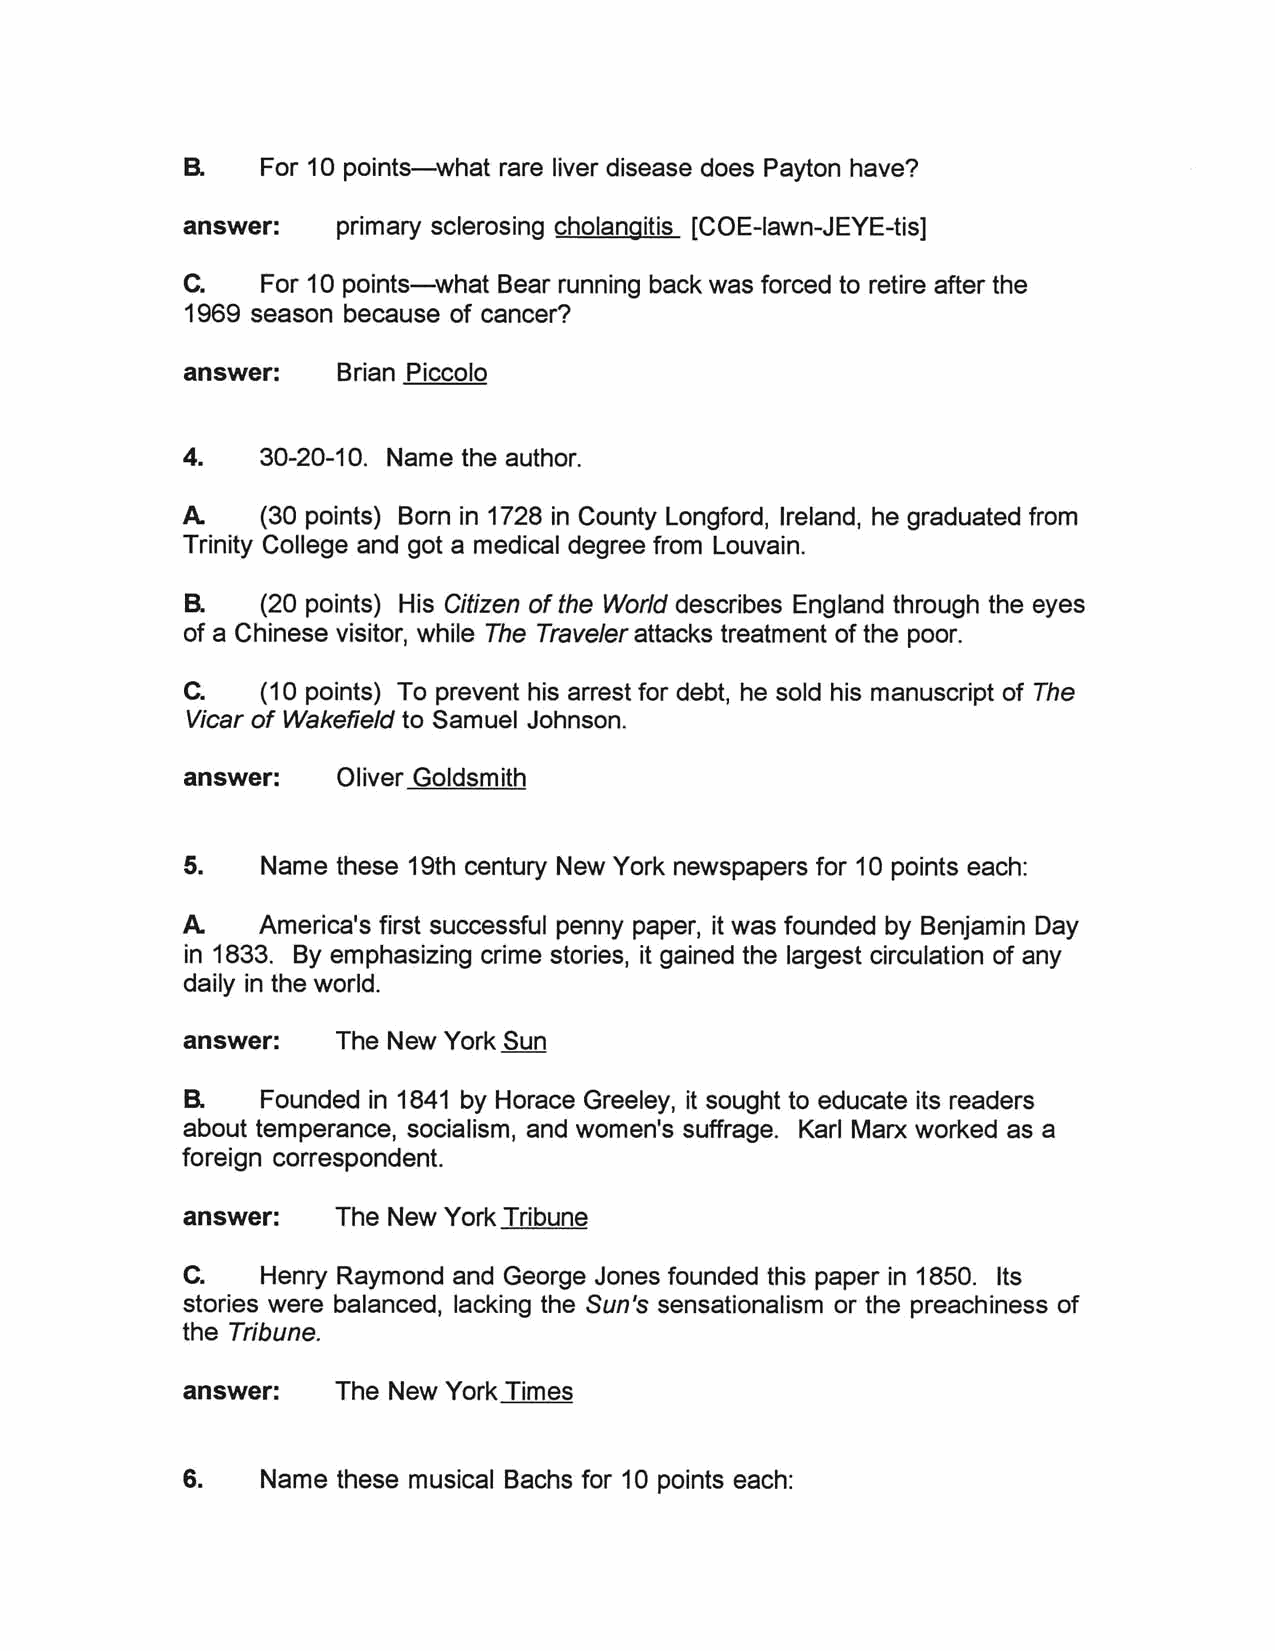
a
 For 10 points-what rare liver disease does Payton have?
 answer:   primary sclerosing cholangitis [COE-Iawn-JEYE-tis]
 C.   For 10 points-what Bear running back was forced to retire after the
 1969 season because of cancer?
 answer:   Brian Piccolo
 4.   30-20-10. Name the author.
 A.   (30 points) Born in 1728 in County Longford, Ireland, he graduated from
 Trinity College and got a medical degree from Louvain.
 a
 (20 points) His Citizen of the World describes England through the eyes
 of a Chinese visitor, while The Traveler attacks treatment of the poor.
 C.   (10 points) To prevent his arrest for debt, he sold his manuscript of The
 Vicar of Wakefield to Samuel Johnson.
 answer:   Oliver Goldsmith
 5.   Name these 19th century New York newspapers for 10 points each:
 A.   America's first successful penny paper, it was founded by Benjamin Day
 in 1833. By emphasizing crime stories, it gained the largest circulation of any
 daily in the world.
 answer:   The New York Sun
 a
 Founded in 1841 by Horace Greeley, it sought to educate its readers
 about temperance, socialism, and women's suffrage. Karl Marx worked as a
 foreign correspondent.
 answer:   The New York Tribune
 C.   Henry Raymond and George Jones founded this paper in 1850. Its
 stories were balanced, lacking the Sun's sensationalism or the preachiness of
 the Tribune.
 answer:   The New York Times
 6.   Name these musical Bachs for 10 points each: